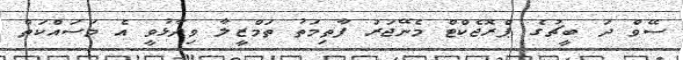
ސޭވް ދަ ބީޗުގެ ޕްރޮޖެކްޓް މެނޭޖަރު ފާތިމަތު ތަމްޒީލާ ވިދާޅުވީ އެ މަސައްކަތް